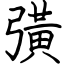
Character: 彉